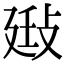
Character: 𢽄